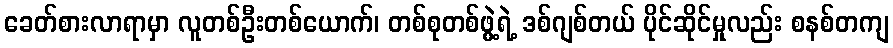
ခေတ်စားလာရာမှာ လူတစ်ဦးတစ်ယောက်၊ တစ်စုတစ်ဖွဲ့ရဲ့ ဒစ်ဂျစ်တယ် ပိုင်ဆိုင်မှုလည်း စနစ်တကျ